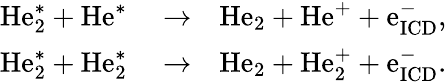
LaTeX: \begin{array}{rlr}{\mathrm{He}_{\mathrm{2}}^{\mathrm{*}}+\mathrm{He}^{\mathrm{*}}}&{{}\xrightarrow{}}&{\mathrm{He}_{\mathrm{2}}+\mathrm{He}^{\mathrm{+}}+\mathrm{e}_{\mathrm{ICD}}^{\mathrm{-}},}\\ {\mathrm{He}_{\mathrm{2}}^{\mathrm{*}}+\mathrm{He}_{\mathrm{2}}^{\mathrm{*}}}&{{}\xrightarrow{}}&{\mathrm{He}_{\mathrm{2}}+\mathrm{He}_{\mathrm{2}}^{\mathrm{+}}+\mathrm{e}_{\mathrm{ICD}}^{\mathrm{-}}.}\end{array}